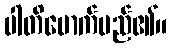
ပါတိမောက်မည်၏။